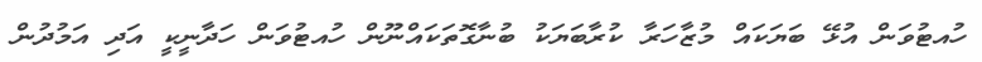
ހުއޓުވަން އުޅޭ ބަޔަކައް މުޒާހަރާ ކުރާބަޔަކު ބުނާގޮތަކައްނޫން ހުއޓުވަން ހަދާނީކީ އަދި އަމުދުން